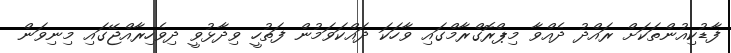
ފާޑުކިއުންތަކަށް ރައްދު ދެއްވާ މިޕްރޮގްރާމްގައި ވާހަކަ ދައްކަވަމުން ފަތުހީ ވިދާޅުވީ ދިވެހިރާއްޖޭގައި މިނިވަން